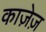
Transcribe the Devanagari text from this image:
काजे़ज़